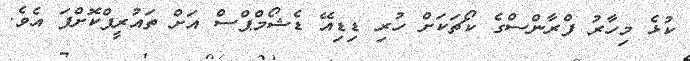
ކުޅެ މިހާރު ފްރާންސްގެ ކޯޗަކަށް ހުރި ޑިޑިއޭ ޑެޝޯމްޕްސް އަށް ތައުރީފްކޮށްފަ އެވެ.